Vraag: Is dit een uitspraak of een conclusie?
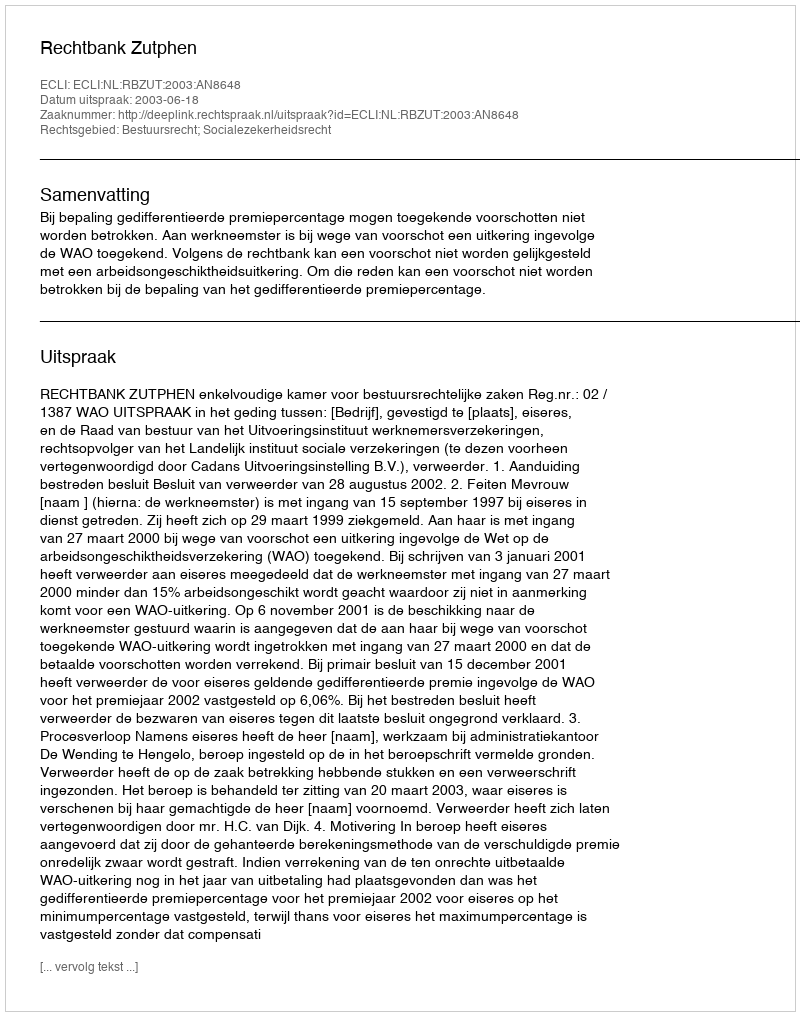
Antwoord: Uitspraak